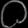
Digit: ၀